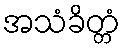
အသံခိတ္တံ